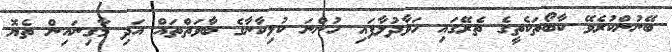
ބޭނުންކުރެވޭ ކާބޯތަކެތީގެ ތެރޭގައި ހަވާދުލާފައި ހުންނަ ކުޅިކާނާގެ ބާވަތްތައް އަދި މާގިނައިން ތެޔޮ